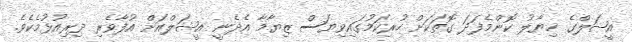
އީޝަލްގެ ޚިޔާލު ކޮންމެފަދަ ގޮތަކަށް ހުރިކަމުގައިވިޔަސް ޒިޔާމާ އެދެނީ އީޝަލްއަށް އުފާވެރި ދިރިއުޅުމެކެވެ.